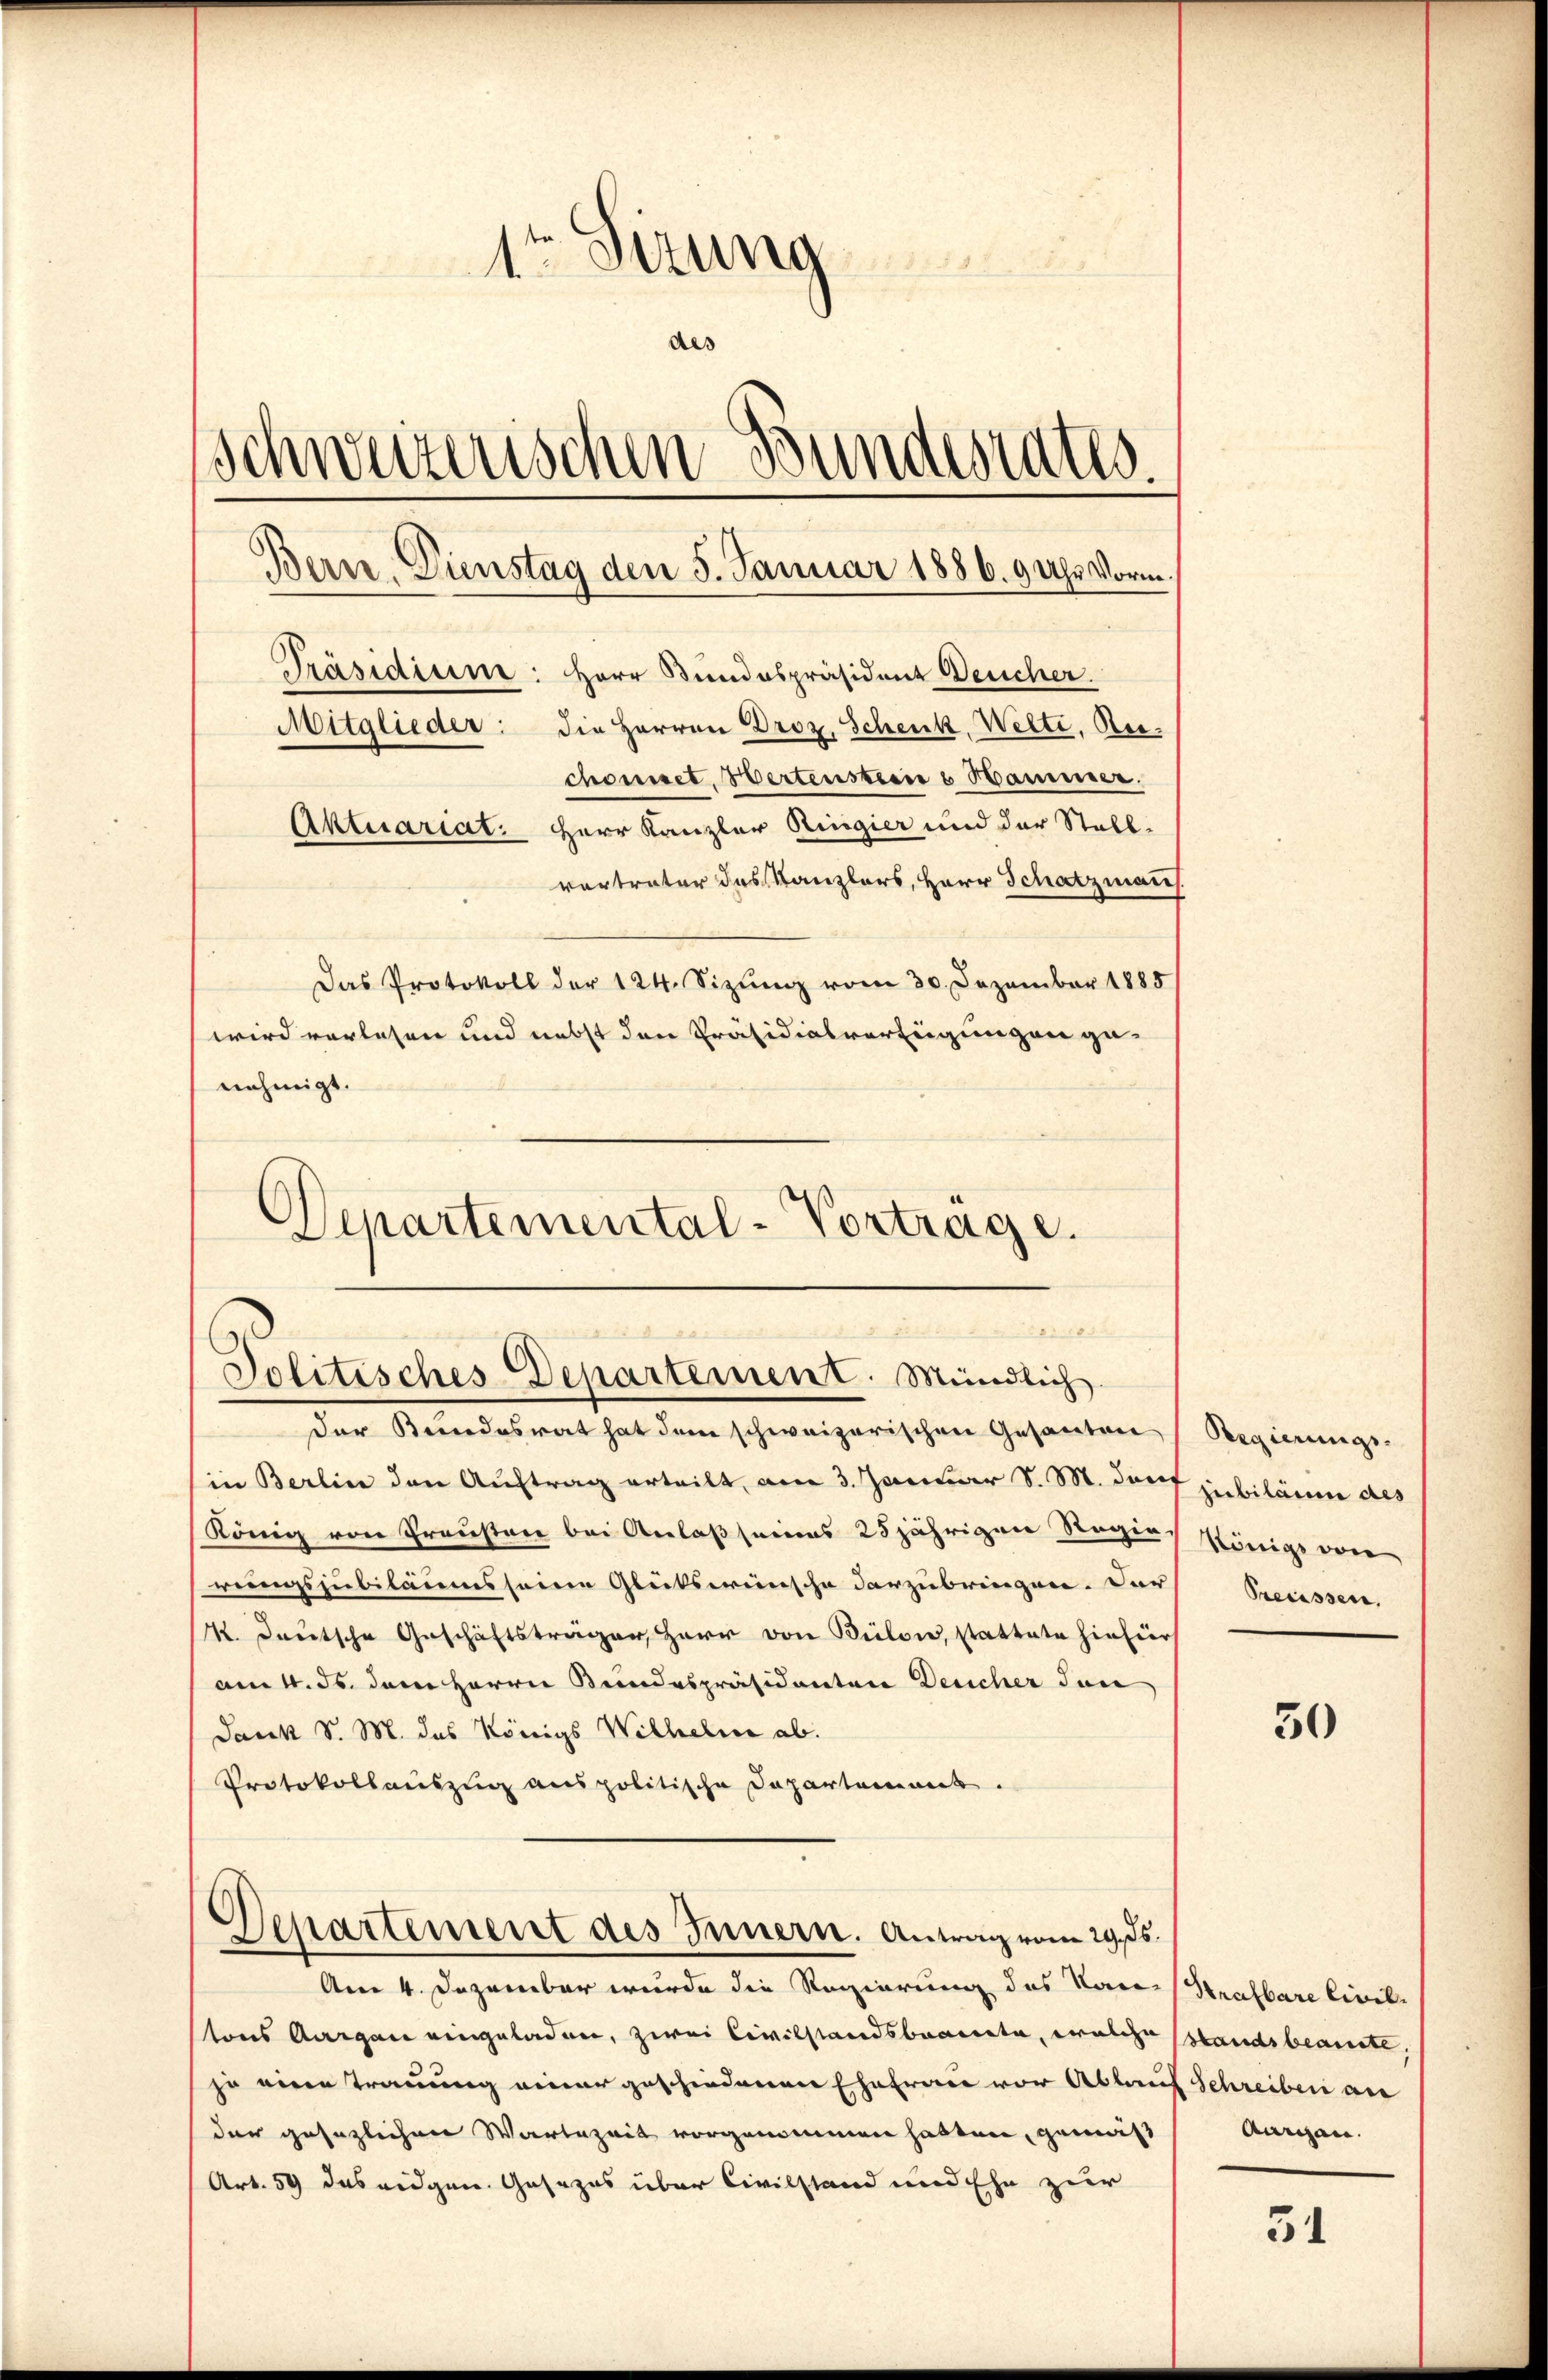
1ten Sitzung
des
Schweizerischen Bundesrates.
Bern. Dienstag den 5. Januar 1886. 9 Uhr Vorm.
Präsidium: Herr Bundespräsident Deucher.
Mitglieder: die Herren Droz. Schenk, Welti, Rechouiset. Wertensteen & Hammer.
Aktuariat. Herr Kanzler Ringier und der Stall-
vertreter das Kanzlers, Herr Schatzmanch

wird vorlesen und nebst den Präsidialverfügungen ge-
nehmigt.
Departemental-Vortrage.

Das Protokoll der 124. Sizŭng vom 30. Dezember 1885

Jolitisches Departement. Mündlich

der Bundesrat hat dem schweizerischen Gesanten
in Berlin den Auftrag erteilt, am 3. Januar d. M. darf jubiläum des
König von Freusten bei Anlaß seines 25jährigen Regen Königs von
rungsjubiläums seine Glükswünsche darzubringen. Der Preussen,
K. Deutsche Geschäftsträger, Herr von Bülow, stattete hinhier
am 4. ds. dem Herrn Bundespräsidenten Deucher Juni
Dank S. M. das Königs Wilhelm ab.
Protokollauszug aus politische Departement.

Departement des Innern. Antrag vom 29. ds.

tons Aargau eingeladen, zwei Civilstandsbraicte, welche standsbeamte,
zu eine Trauung einer geschiedenen Ehefrau vor Ablauf Schreiben an
der gesezlichen Wartezeit vorgenommen hatten, gemäß
Art. 59 das eidgen. Gesezes über Civilstand und Ehe zur

Am 4. Dezember wurde die Regierung des Vares Strafbare Civil-

Regierungs-

50

Aurgen.

31